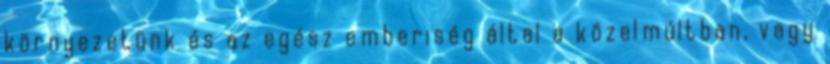
környezetünk és az egész emberiség által a közelmúltban, vagy